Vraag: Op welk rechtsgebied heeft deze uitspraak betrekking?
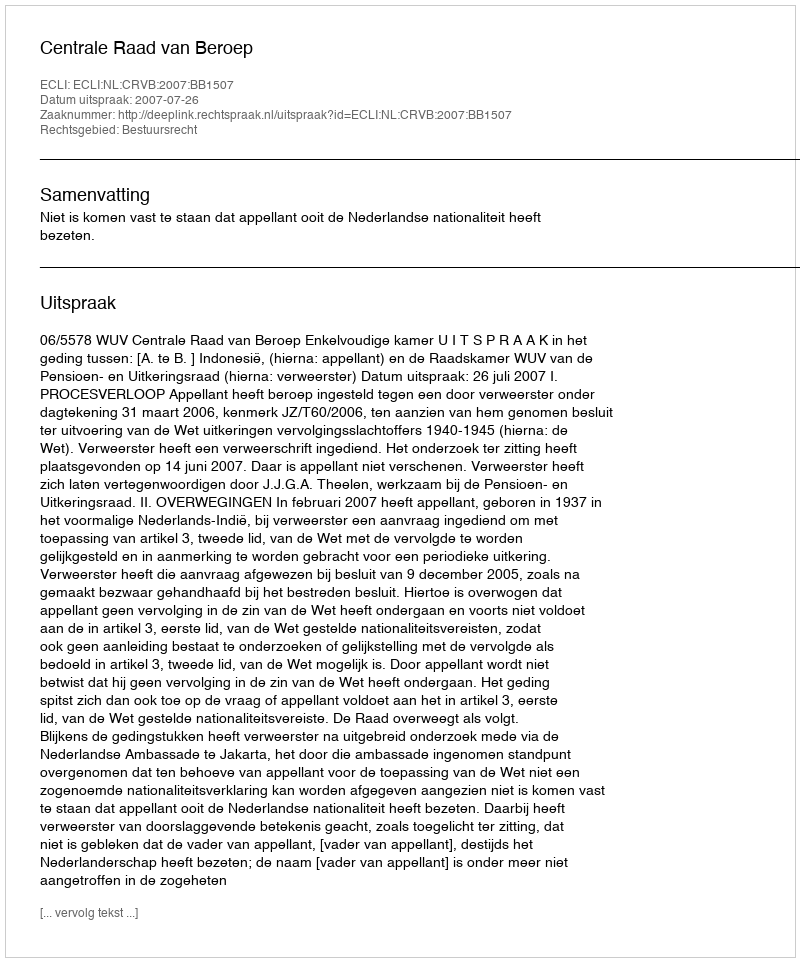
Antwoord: Bestuursrecht